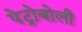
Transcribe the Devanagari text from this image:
पेट्रोबोली